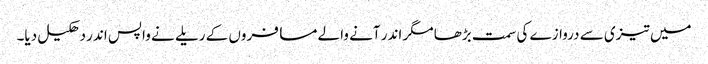
میں تیزی سے دروازے کی سمت بڑھا مگر اندر آنے والے مسافروں کے ریلے نے واپس اندر دھکیل دیا۔